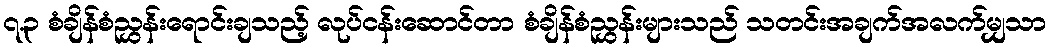
၇.၃ စံချိန်စံညွှန်းရောင်းချသည့် လုပ်ငန်းဆောင်တာ စံချိန်စံညွှန်းများသည် သတင်းအချက်အလက်မျှသာ